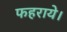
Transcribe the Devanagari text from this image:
फहराये।